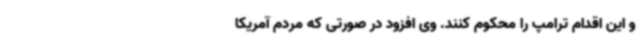
و این اقدام ترامپ را محکوم کنند. وی افزود در صورتی که مردم آمریکا